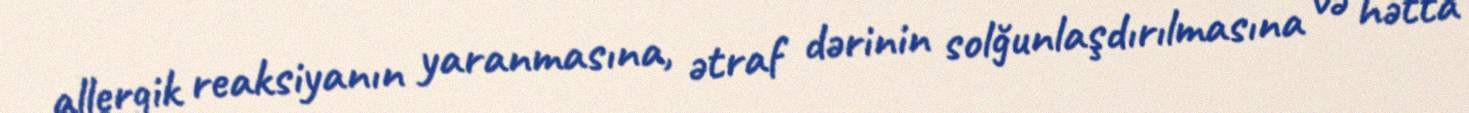
allergik reaksiyanın yaranmasına, ətraf dərinin solğunlaşdırılmasına və hətta